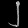
Digit: ၂